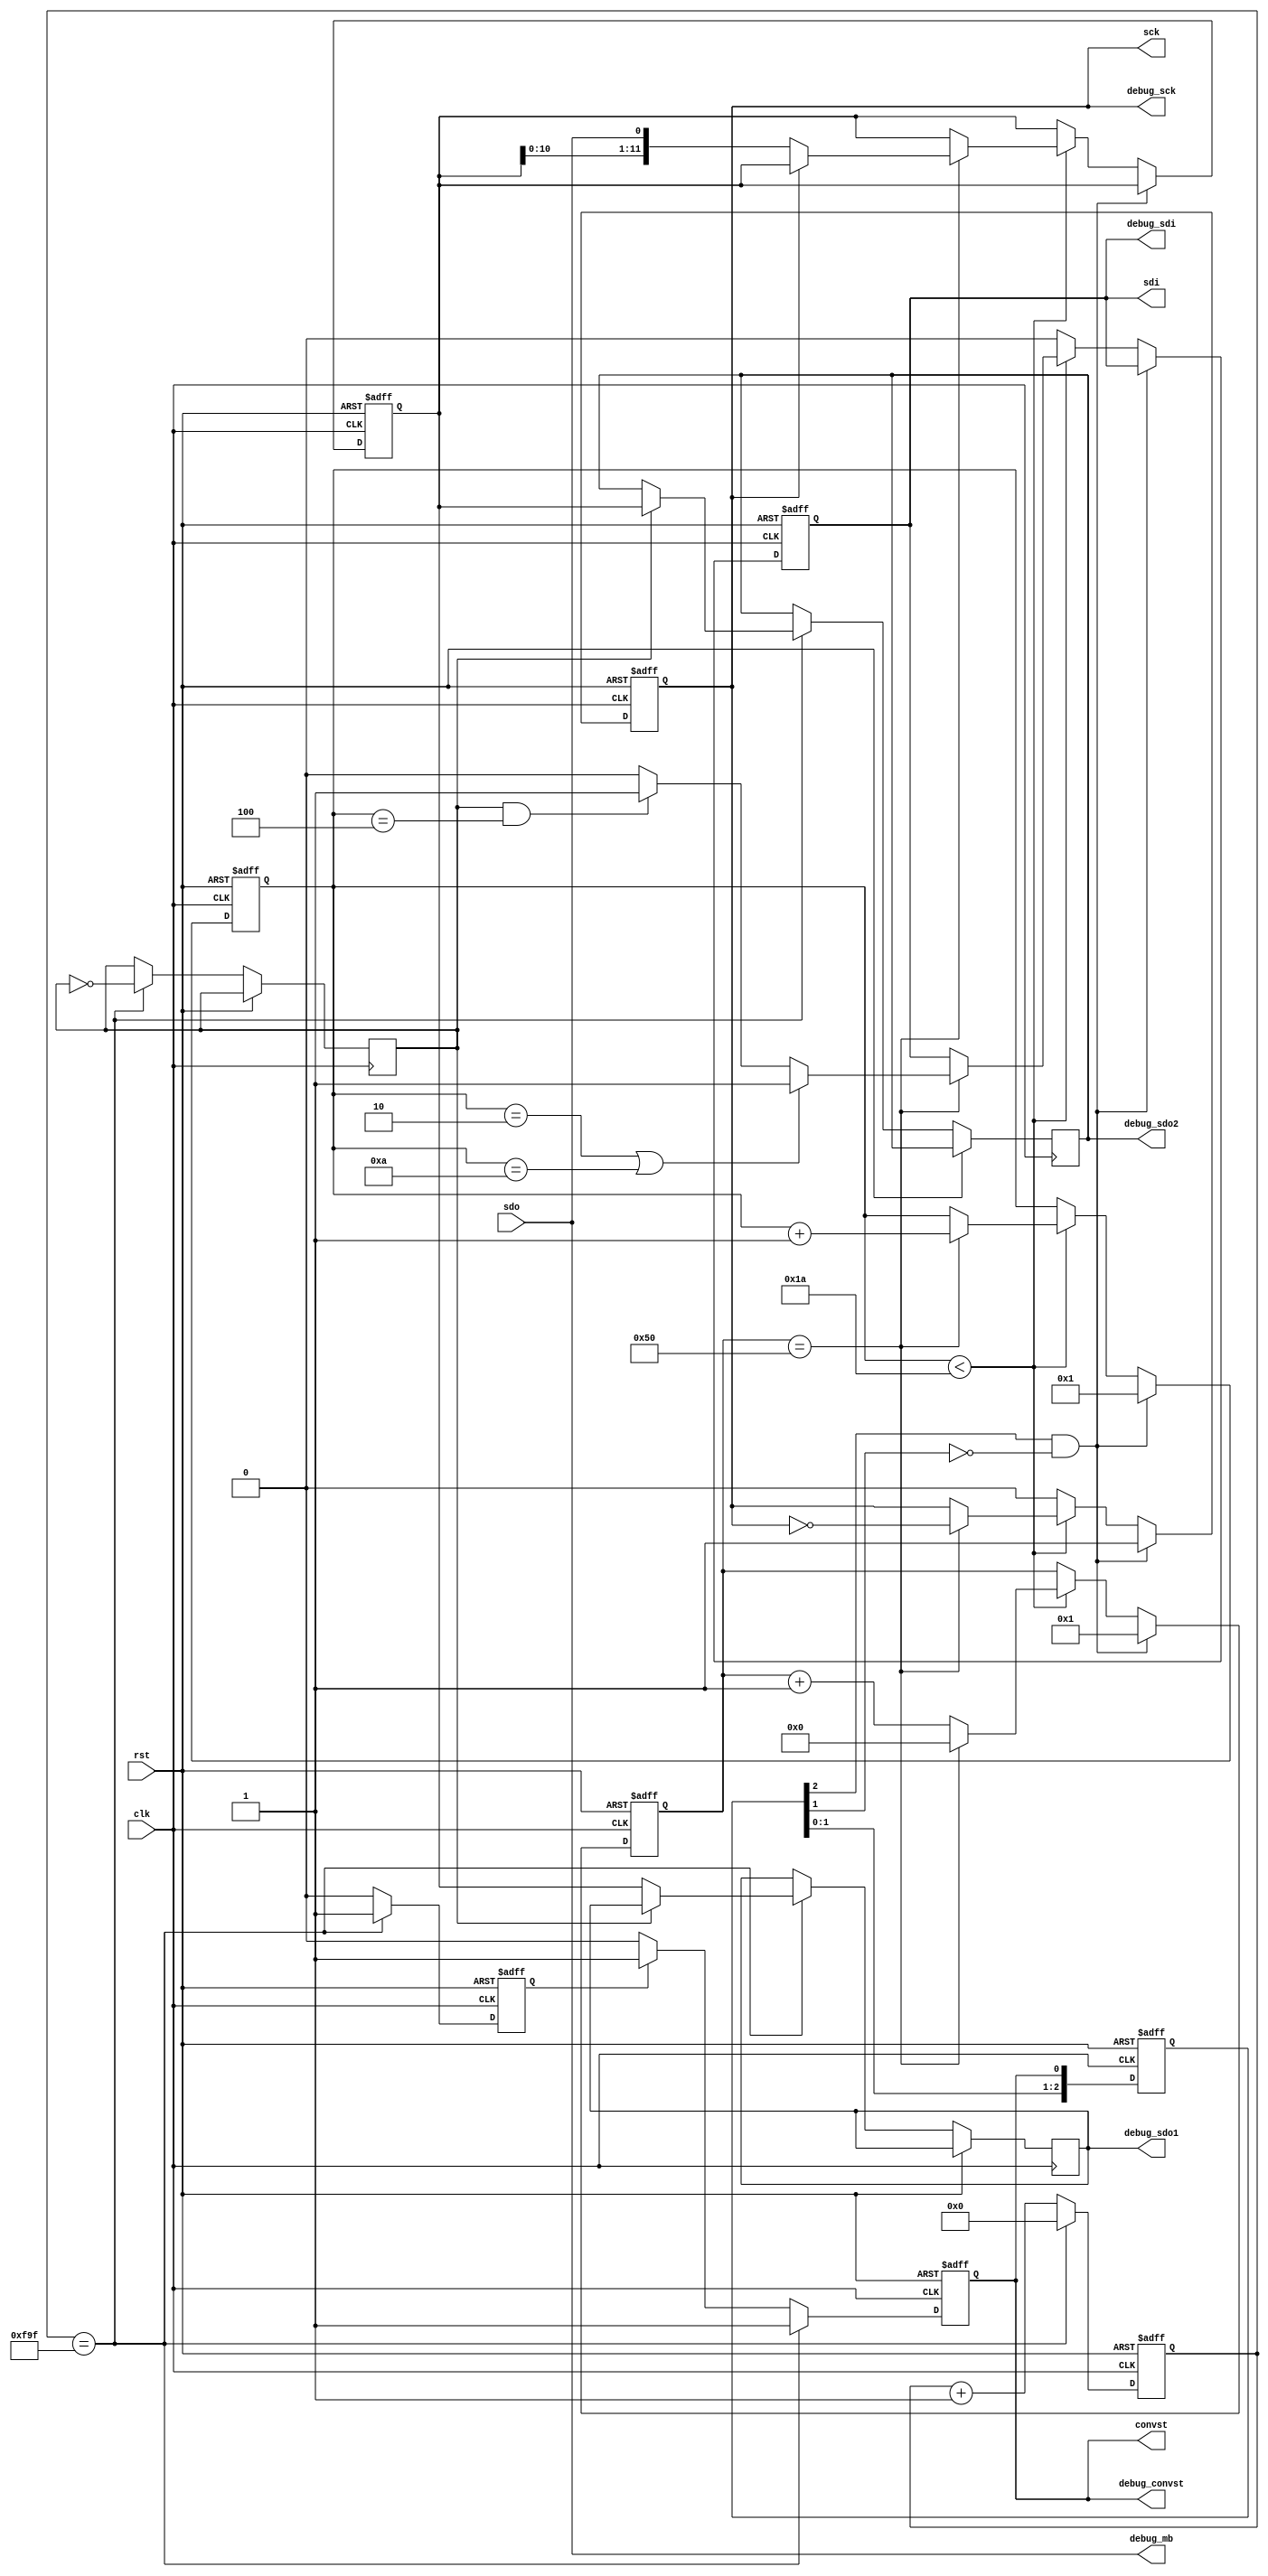
module ADC_Reader
(convst,
sck,
sdi,
sdo,
clk,
rst,
debug_convst,
debug_sck,
debug_sdi,
debug_mb,
debug_sdo1,
debug_sdo2
);

output convst;
output sck;
output sdi;
input sdo;
input clk;
input rst;

//デバッグ用ポート
output debug_convst;
output debug_sck;
output debug_sdi;
output debug_mb;
output [11:0] debug_sdo1;
output [11:0] debug_sdo2;

//convstスタートビット送出用2000ns(100Hz)計時用カウンタ
reg [23:0] t_cyc;
parameter TCYC = 24'hfa0;
wire over2000ns = (t_cyc == TCYC - 1);

always @(posedge clk or posedge rst) begin
 if(rst) 
    t_cyc <= 7'h00;
 else if(over2000ns)
    t_cyc <= 7'h00;
 else
    t_cyc <= t_cyc + 7'h1;
end

//convstをスタートビットが立てば1にし、かつカウンタが2になれば０にする、それ以外は１
reg conv_reg;
reg conv_counter;
assign convst = conv_reg;
assign debug_convst = conv_reg;
reg [11:0] sdo_reg1;
assign debug_sdo1 = sdo_reg1;
reg[11:0] sdo_reg2;
assign debug_sdo2 = sdo_reg2;
reg ch_type;

always  @(posedge clk or posedge rst) begin
    if(rst) begin
		  conv_reg <= 1'b0;
		  conv_counter <= 1'b0;
	 end
	 else if(over2000ns) begin
        conv_reg <= 1'b1;
        conv_counter <= 1'b1;
		  //convstの立ち上がり時にシフトレジスタの値を入れる
		  //ch_type revert
		  ch_type = ~ch_type;
		  if(ch_type)
		  sdo_reg1 <= data_reg;
		  else
		  sdo_reg2 <= data_reg;
    end
    else if(conv_counter) begin
        conv_reg <= 1'b1;
        conv_counter <= 1'b0;
    end
    else
    conv_reg <= 1'b0;
end

//MB11信号の確認
assign debug_mb = sdo;
// convstの立下りの検出
// sckの立下りの検出
reg [2:0] sreg;
wire clkfall;
always @(posedge clk or posedge rst) begin
    if(rst) begin
		sreg <= 3'b000;
	 end
    else begin
      sreg <= {sreg[1:0],conv_reg};
	 end
end

assign clkfall = sreg[2] & ~sreg[1];

// sckの出力
reg sck_clk;
reg [4:0] sck_clk_counter;
assign sck = sck_clk;
assign debug_sck = sck_clk;
reg sdi_reg;
assign sdi = sdi_reg;
assign debug_sdi = sdi_reg;
reg [6:0] sck_width_counter;
// sckの立下りごとにsdoをレジスタにいれる
reg [11:0] data_reg;

always @(posedge clk or posedge rst) begin
    if(rst) begin
		  sck_clk <= 1'b0;
		  sck_clk_counter <= 1'b0;
		  sdi_reg <= 1'b0;
		  sck_width_counter <= 1'b0;
		  data_reg <= 12'h0;
	 end
	 else if(clkfall) begin
        sck_clk <= 1'b1;
        //sck_clk <= 1'b0;
        sck_clk_counter <= 1'b1;
        //sck_clk_counter <= 1'b0;
		  sck_width_counter <= 1'b1;
		  //data_reg <= 12'h0;
    end
    else if(sck_clk_counter < 5'b11010) begin
		  if(sck_width_counter == 7'h50) begin
            sck_clk <= ~sck_clk;
				//sck_clkの立下りにsdoの値をシフトレジスタに入れる
				if(sck_clk == 1'b0)
	              data_reg <= {data_reg[10:0], sdo};
				sck_width_counter <= 7'h0;
            sck_clk_counter <= sck_clk_counter + 1'b1;
				
				if(sck_clk_counter == 5'b10 || sck_clk_counter == 5'b1010)
					sdi_reg <= 1'b1;
				else if(ch_type && sck_clk_counter == 5'b100)
				   sdi_reg <= 1'b1;
				else
					sdi_reg <= 1'b0;
			  //if(sck_clk_counter == 5'b11001)
			  //   sdo_reg <= data_reg;
		  end
		  else
		     sck_width_counter <= sck_width_counter + 1'b1;
    end
    else begin
        sck_clk <= 1'b0;
		sdi_reg <= 1'b0;
		// データレジスタのクリア
		//data_reg <= 12'h0;
	end
end

endmodule